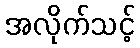
အလိုက်သင့်